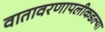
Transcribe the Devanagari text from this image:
वातावरणापलीकडल्या